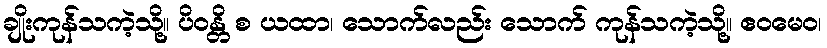
ချိုးကုန်သကဲ့သို့။ ပိဝန္တိ စ ယထာ၊ သောက်လည်း သောက် ကုန်သကဲ့သို့။ ဧဝမေဝ၊